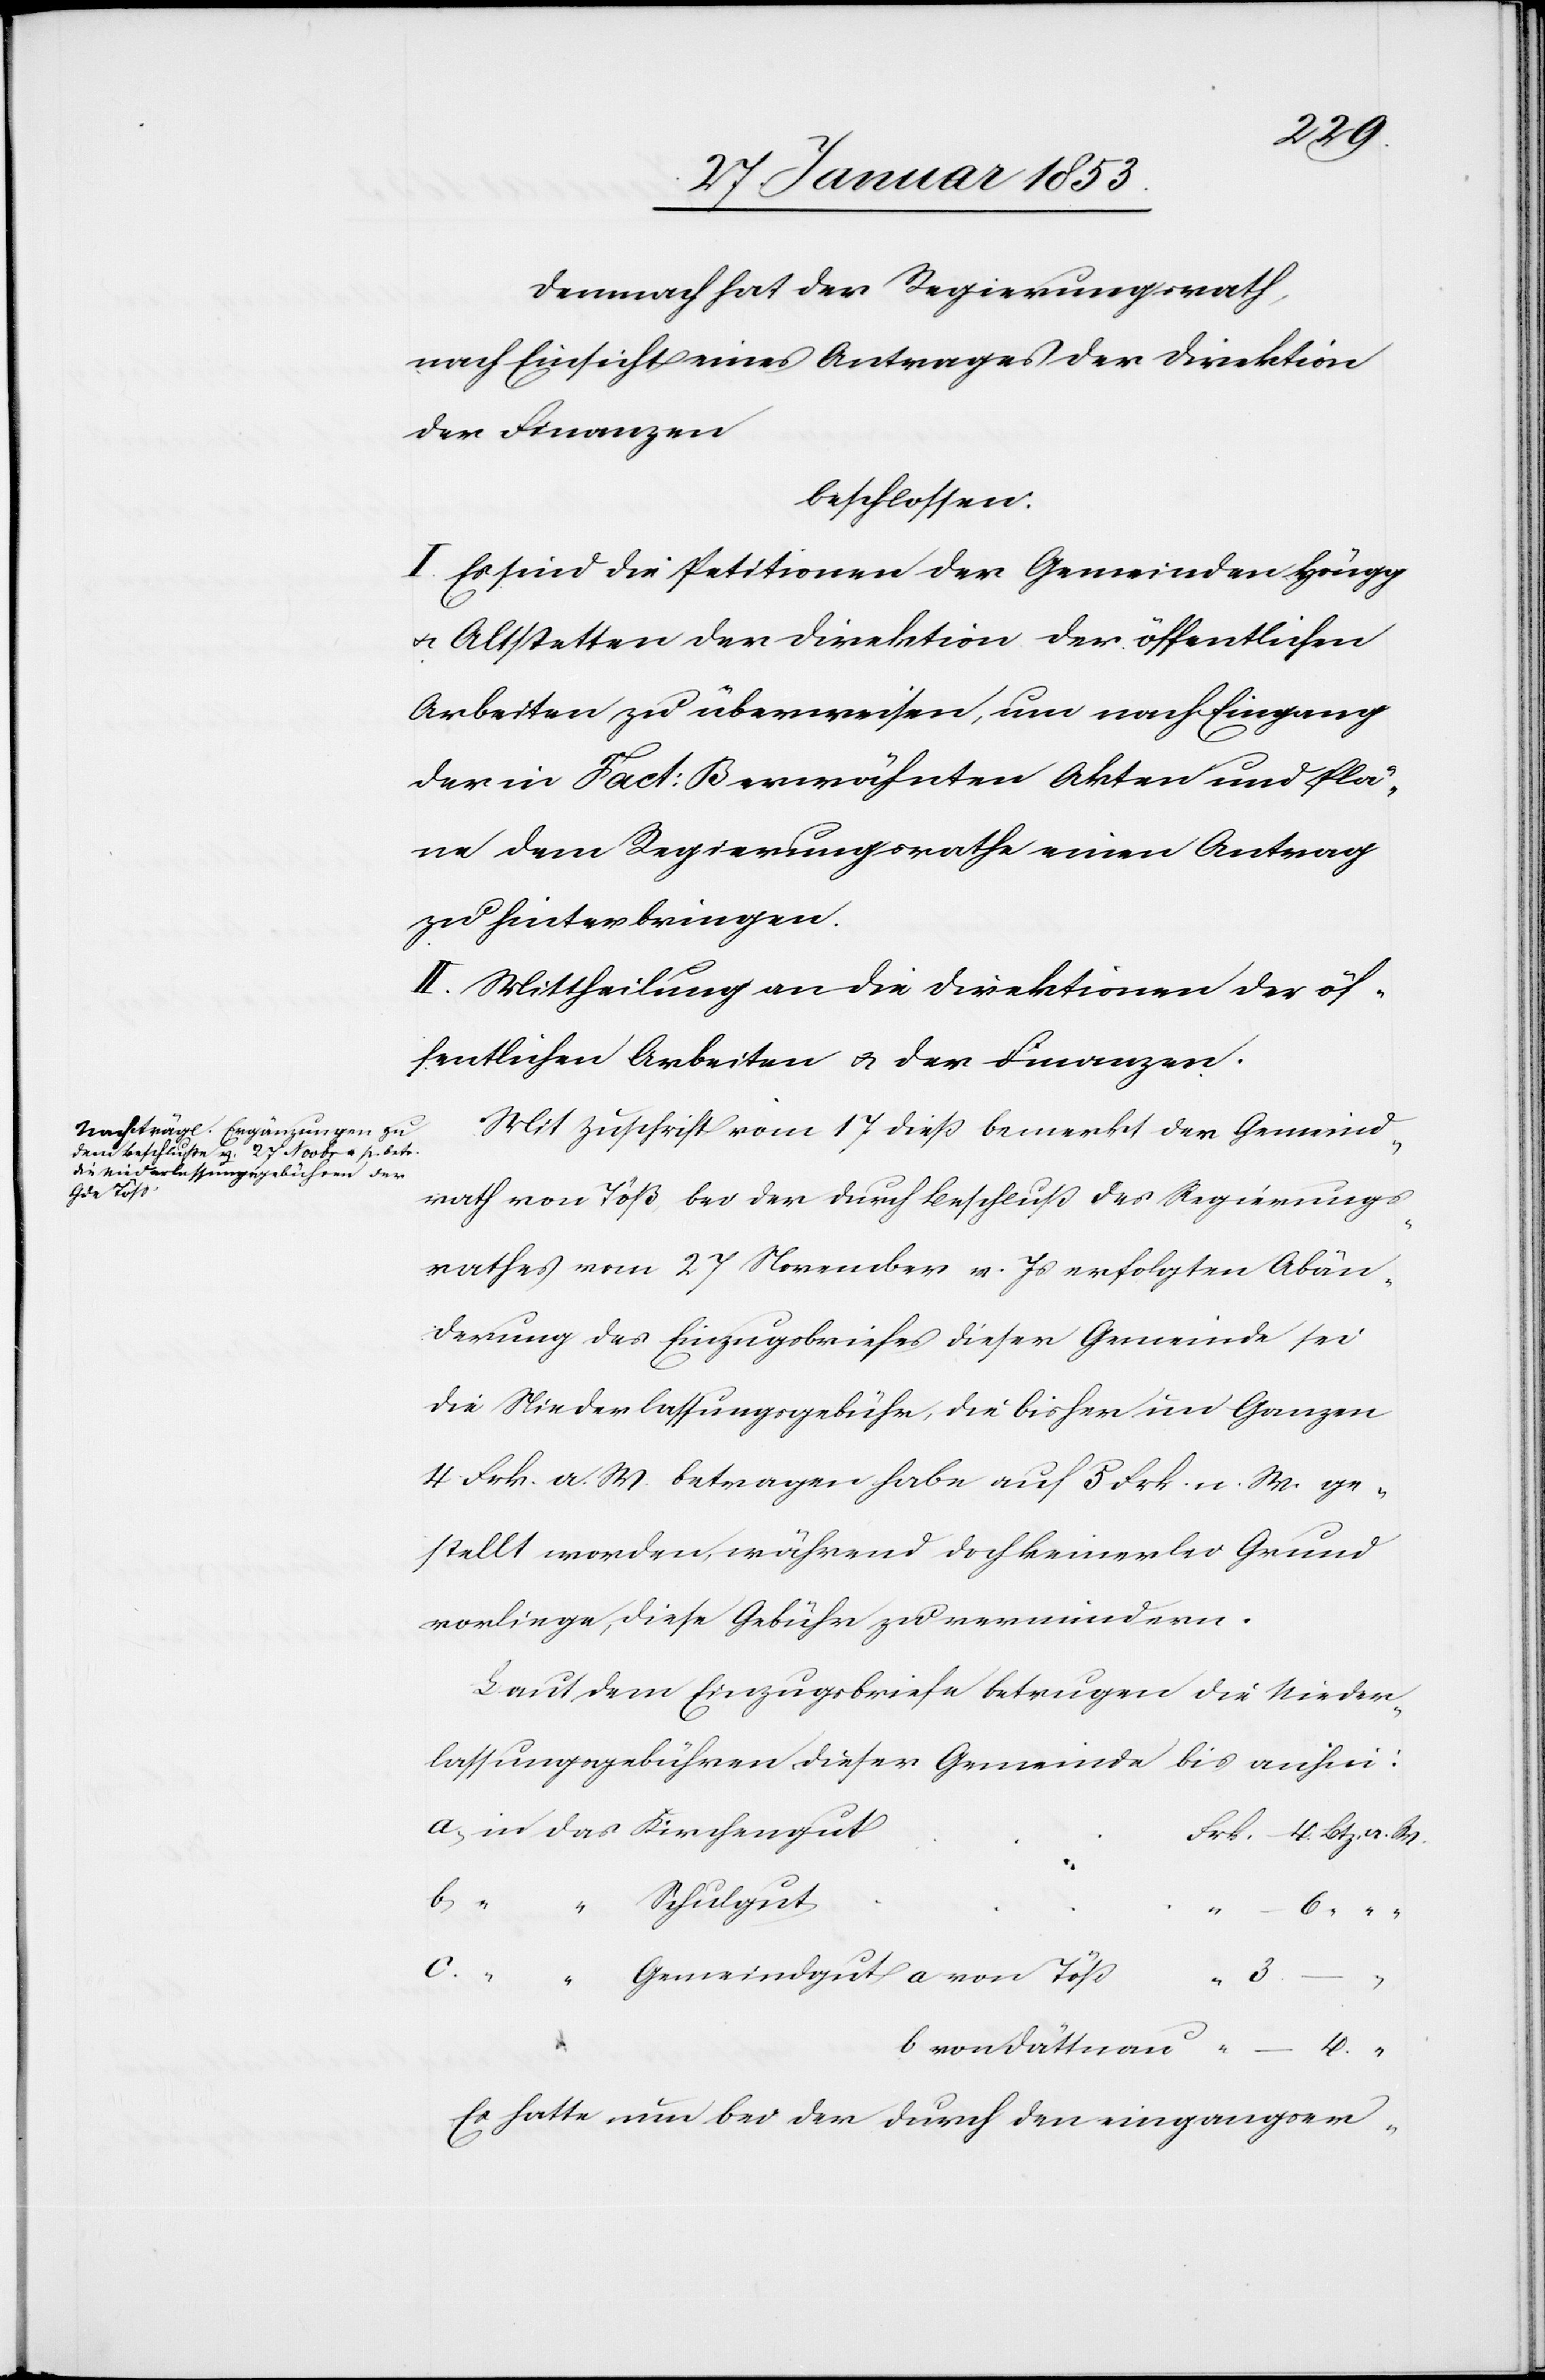
Demnach hat der Regierungsrath,
nach Einsicht eines Antrages der Direktion
der Finanzen
beschlossen:
I. Es sind die Petitionen der Gemeinden Höngg
u. Altstetten der Direktion der öffentlichen
Arbeiten zu überweisen, um nach Eingang
der in Fact: B erwähnten Akten und Plä¬
ne dem Regierungsrathe einen Antrag
zu hinterbringen.
II. Mittheilung an die Direktionen der öf¬
fentlichen Arbeiten u. der Finanzen.
Mit Zuschrift vom 17 dieß bemerkt der Gemeind¬
rath von Töß bei der durch Beschluß des Regierungs¬
rathes vom 27 November v. Js. erfolgten Abän¬
derung des Einzugsbriefes dieser Gemeinde sei
die Niederlaßungsgebühr, die bisher im Ganzen
4 Frk. a. W. betragen habe auf 5 Frk. n. W. ge¬
stellt worden während doch keinerlei Grund
vorliege, diese Gebühr zu vermindern.
Laut dem Einzugsbriefe betrugen die Nieder¬
lassungsgebühren dieser Gemeinde bis anhin:
b,
b von
– 4
Er hatte nun bei der durch den eingangser-